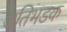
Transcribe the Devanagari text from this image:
अतिभडक